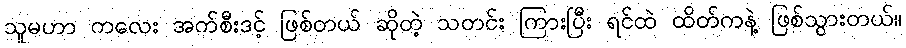
သူမဟာ ကလေး အက်စီးဒင့် ဖြစ်တယ် ဆိုတဲ့ သတင်း ကြားပြီး ရင်ထဲ ထိတ်ကနဲ့ ဖြစ်သွားတယ်။